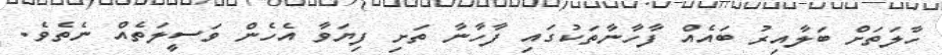
ހާލަތަށް ބަލާއިރު ބައެއް ފާހާނާތަކުގައި ފާހާނާ ތަށި ފިޔަވާ އެހެން ވަސީލަތެއް ނެތެވެ.